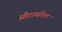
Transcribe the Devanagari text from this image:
सीटायरिल